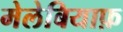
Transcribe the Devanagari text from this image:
मेलेबियाफ़